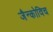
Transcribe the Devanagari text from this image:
जैन्कोविच